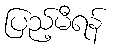
ပြည့်မီရန်